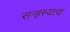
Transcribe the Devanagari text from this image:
सऱ्हस्वत्व